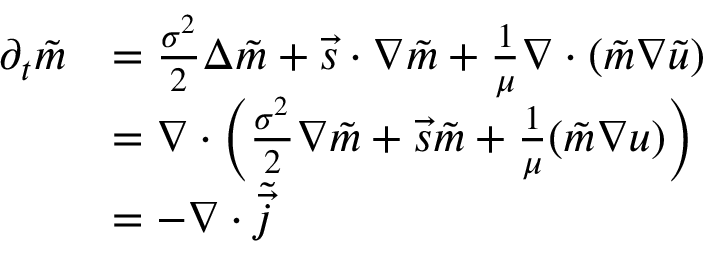
\begin{array} { r l } { \partial _ { t } \tilde { m } } & { = \frac { \sigma ^ { 2 } } { 2 } \Delta \tilde { m } + \vec { s } \cdot \nabla \tilde { m } + \frac { 1 } { \mu } \nabla \cdot ( \tilde { m } \nabla \tilde { u } ) } \\ & { = \nabla \cdot \left( \frac { \sigma ^ { 2 } } { 2 } \nabla \tilde { m } + \vec { s } \tilde { m } + \frac { 1 } { \mu } ( \tilde { m } \nabla u ) \right) } \\ & { = - \nabla \cdot \tilde { \vec { j } } } \end{array}